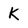
Character: K